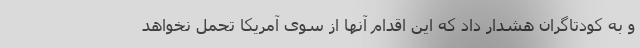
و به کودتاگران هشدار داد که این اقدام آنها از سوی آمریکا تحمل نخواهد